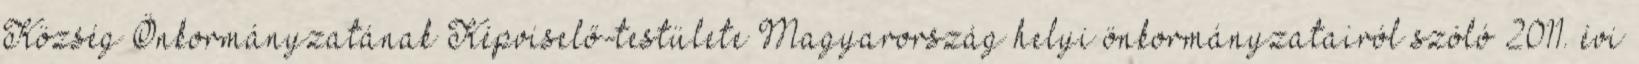
Község Önkormányzatának Képviselő-testülete Magyarország helyi önkormányzatairól szóló 2011. évi